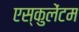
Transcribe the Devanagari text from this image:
एस्कुलेंटम